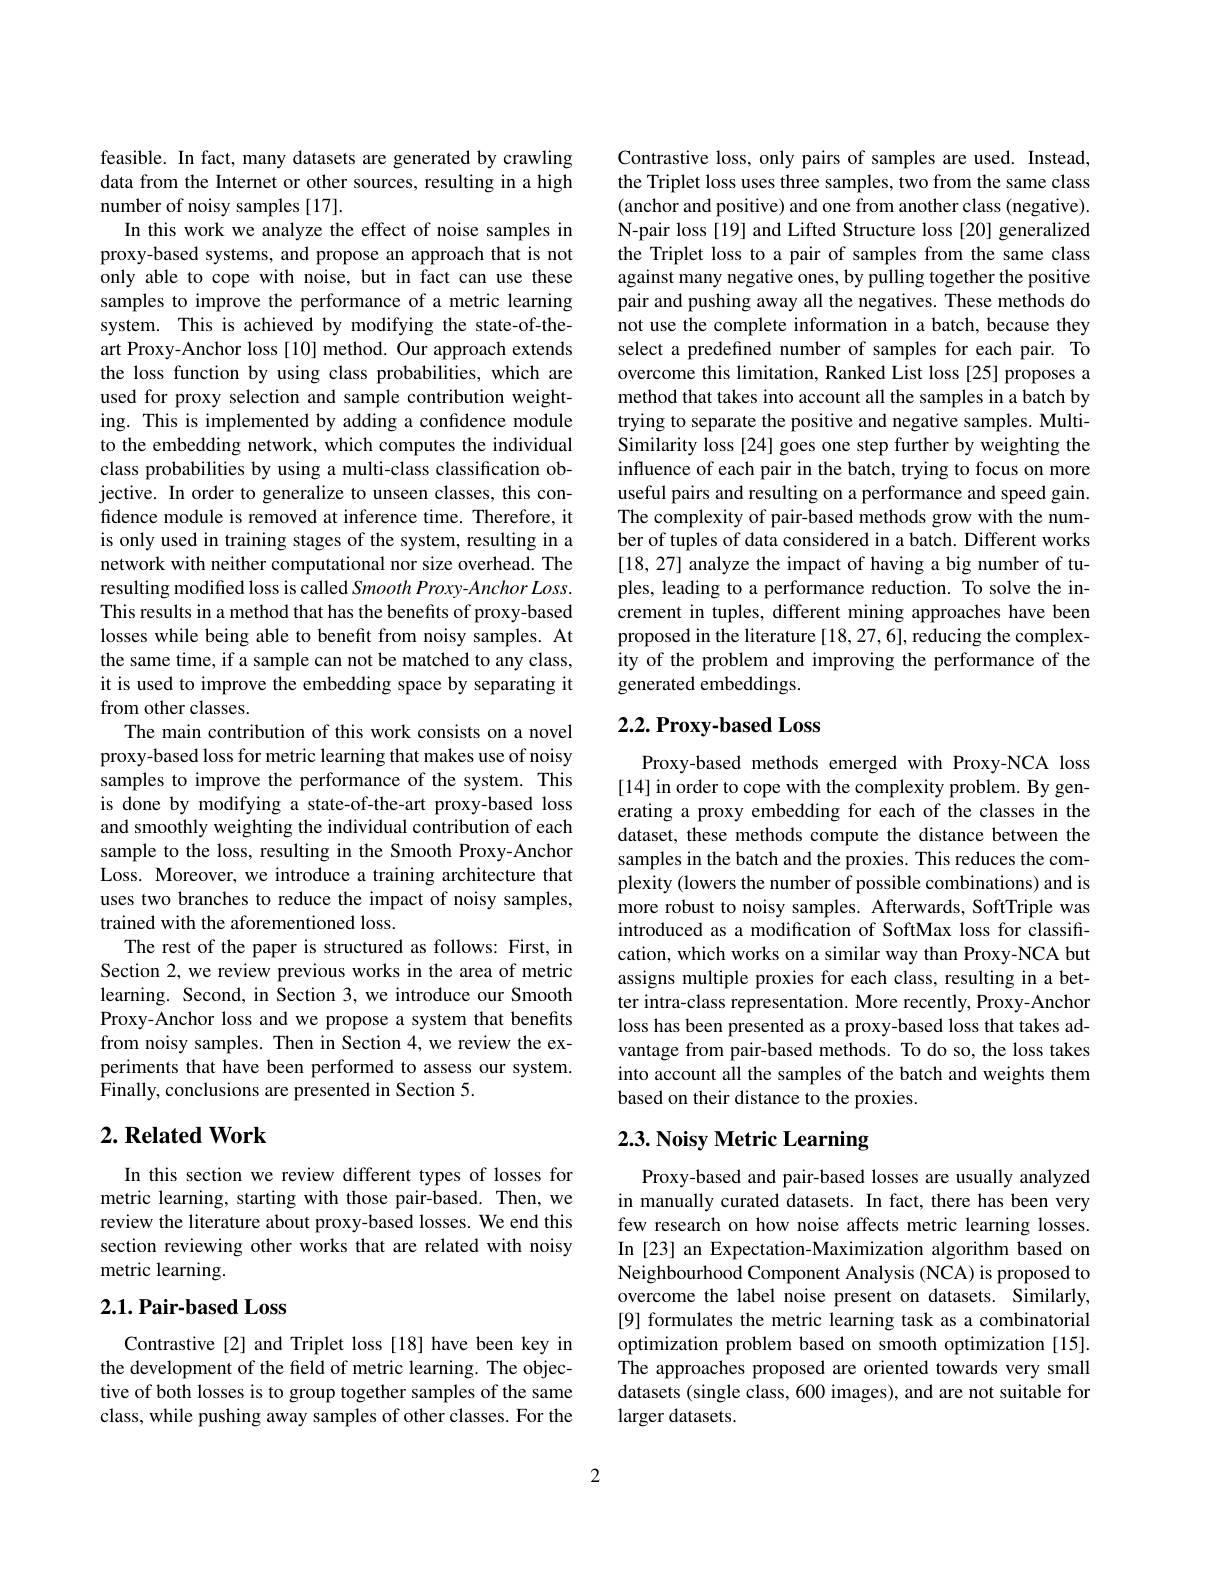
feasible. In fact, many datasets are generated by crawling data from the Internet or other sources, resulting in a high number of noisy samples [17].
In this work we analyze the effect of noise samples in proxy-based systems, and propose an approach that is not only able to cope with noise, but in fact can use these samples to improve the performance of a metric learning system. This is achieved by modifying the state-of-theart Proxy-Anchor loss [10] method. Our approach extends the loss function by using class probabilities, which are used for proxy selection and sample contribution weighting. This is implemented by adding a confidence module to the embedding network, which computes the individual class probabilities by using a multi-class classification objective. In order to generalize to unseen classes, this confidence module is removed at inference time. Therefore, it is only used in training stages of the system, resulting in a network with neither computational nor size overhead. The resulting modified loss is called Smooth Proxy-Anchor Loss. This results in a method that has the benefits of proxy-based losses while being able to benefit from noisy samples. At the same time, if a sample can not be matched to any class, it is used to improve the embedding space by separating it from other classes.
The main contribution of this work consists on a novel proxy-based loss for metric learning that makes use of noisy samples to improve the performance of the system. This is done by modifying a state-of-the-art proxy-based loss and smoothly weighting the individual contribution of each sample to the loss, resulting in the Smooth Proxy-Anchor Loss. Moreover, we introduce a training architecture that uses two branches to reduce the impact of noisy samples, trained with the aforementioned loss.
The rest of the paper is structured as follows: First, in Section 2, we review previous works in the area of metric learning. Second, in Section 3, we introduce our Smooth Proxy-Anchor loss and we propose a system that benefits from noisy samples. Then in Section 4, we review the experiments that have been performed to assess our system. Finally, conclusions are presented in Section 5.

## $2. \textbf{Related Work}$

In this section we review different types of losses for metric learning, starting with those pair-based. Then, we review the literature about proxy-based losses. We end this section reviewing other works that are related with noisy metric learning.

# $2. 1. \textbf{ Pair- based Loss}$

Contrastive [2] and Triplet loss [18] have been key in the development of the field of metric learning. The objective of both losses is to group together samples of the same class, while pushing away samples of other classes. For the

Contrastive loss, only pairs of samples are used. Instead, the Triplet loss uses three samples, two from the same class (anchor and positive) and one from another class (negative). N-pair loss [19] and Lifted Structure loss [20] generalized the Triplet loss to a pair of samples from the same class against many negative ones, by pulling together the positive pair and pushing away all the negatives. These methods do not use the complete information in a batch, because they select a predefined number of samples for each pair. To overcome this limitation, Ranked List loss [25] proposes a method that takes into account all the samples in a batch by trying to separate the positive and negative samples. MultiSimilarity loss [24] goes one step further by weighting the influence of each pair in the batch, trying to focus on more useful pairs and resulting on a performance and speed gain. The complexity of pair-based methods grow with the number of tuples of data considered in a batch. Different works [18,27] analyze the impact of having a big number of tuples, leading to a performance reduction. To solve the increment in tuples, different mining approaches have been proposed in the literature [18,27,6], reducing the complexity of the problem and improving the performance of the generated embeddings.

# 2.2. Proxy-based Loss

Proxy-based methods emerged with Proxy-NCA loss [14] in order to cope with the complexity problem. By generating a proxy embedding for each of the classes in the dataset, these methods compute the distance between the samples in the batch and the proxies. This reduces the complexity (lowers the number of possible combinations) and is more robust to noisy samples. Afterwards, SoftTriple was introduced as a modification of SoftMax loss for classification, which works on a similar way than Proxy-NCA but assigns multiple proxies for each class, resulting in a better intra-class representation. More recently, Proxy-Anchor loss has been presented as a proxy-based loss that takes advantage from pair-based methods. To do so, the loss takes into account all the samples of the batch and weights them based on their distance to the proxies.

# 2.3. Noisy Metric Learning

Proxy-based and pair-based losses are usually analyzed in manually curated datasets. In fact, there has been very few research on how noise affects metric learning losses. In [23] an Expectation-Maximization algorithm based on Neighbourhood Component Analysis (NCA) is proposed to overcome the label noise present on datasets. Similarly, [9] formulates the metric learning task as a combinatorial optimization problem based on smooth optimization [15]. $\hat{\text{The approaches proposed are oriented towards very small}}$ datasets (single class, 600 images), and are not suitable for larger datasets.

2